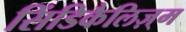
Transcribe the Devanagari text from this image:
सिंडिकैलिज़्म